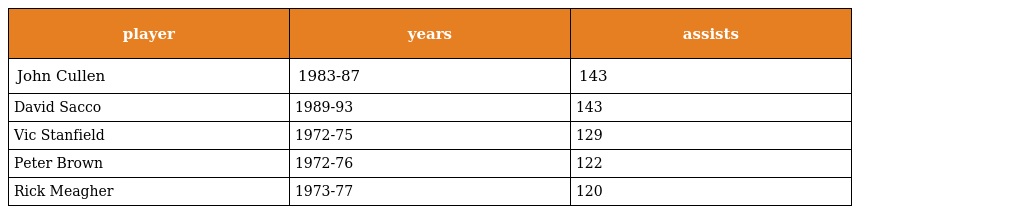
| player | years | assists |
 | --- | --- | --- |
 | John Cullen | 1983-87 | 143 |
 | David Sacco | 1989-93 | 143 |
 | Vic Stanfield | 1972-75 | 129 |
 | Peter Brown | 1972-76 | 122 |
 | Rick Meagher | 1973-77 | 120 |